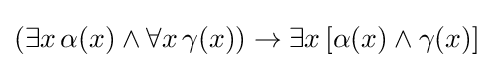
(\exists x\,\alpha (x)\land \forall x\,\gamma (x))\rightarrow \exists x\,[\alpha (x)\land \gamma (x)]